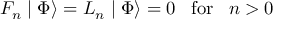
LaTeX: F _ { n } \mid \Phi \rangle = L _ { n } \mid \Phi \rangle = 0 \; \; \; \mathrm { f o r } \; \; \; n > 0